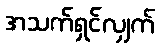
အသက်ရှင်လျှက်